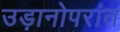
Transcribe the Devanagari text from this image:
उड़ानोपरांत